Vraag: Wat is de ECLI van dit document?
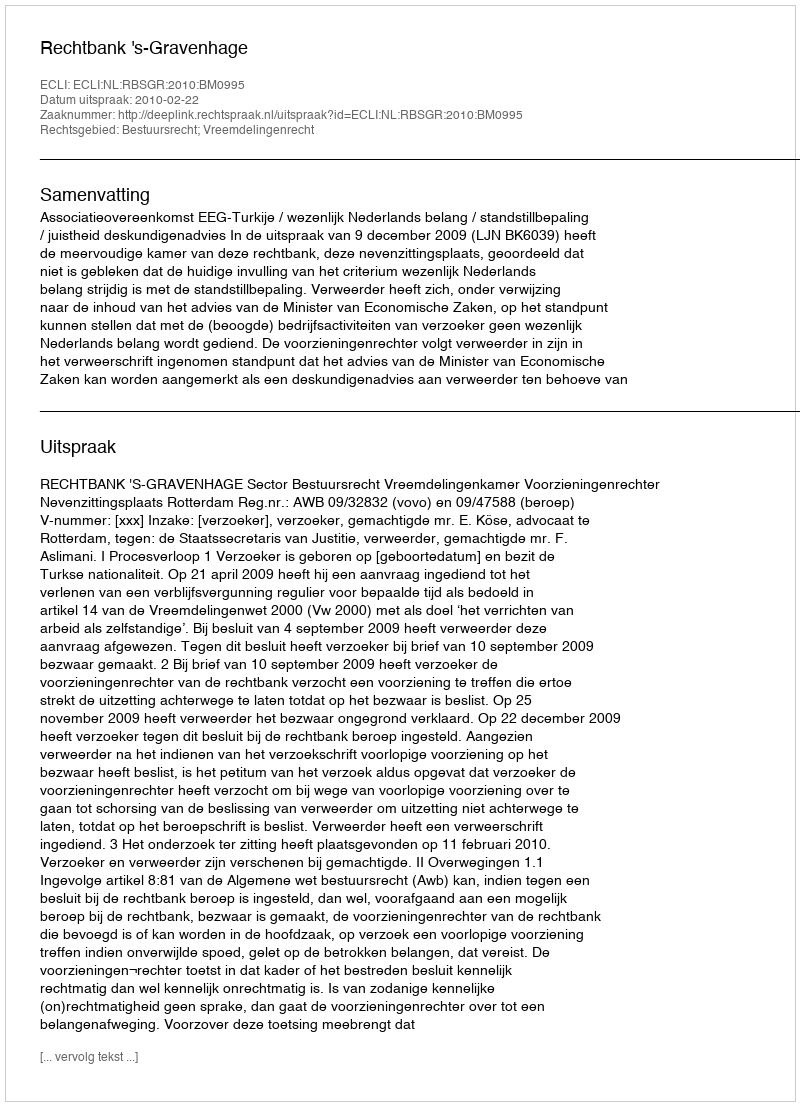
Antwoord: ECLI:NL:RBSGR:2010:BM0995